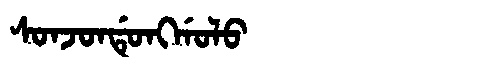
Manchu: ᠰᠣᠨᠵᠣᠨᡩᡠᠩᡤᠣᠯᠣ
Romanization: SONJONDUNGGOLO